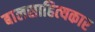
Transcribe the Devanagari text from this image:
बालसाहित्‍यकार